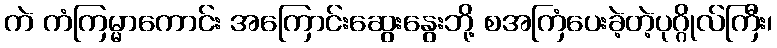
ကဲ ကံကြမ္မာကောင်း အကြောင်းဆွေးနွေးဘို့ စအကြံပေးခဲ့တဲ့ပုဂ္ဂိုလ်ကြီး၊